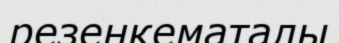
резеңкематалы